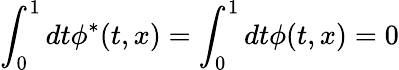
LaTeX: \int_{0}^{1}dt\phi^{*}(t,x)=\int_{0}^{1}dt\phi(t,x)=0